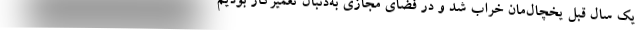
یک سال قبل یخچال‌مان خراب شد و در فضای مجازی به‌دنبال تعمیرکار بودیم